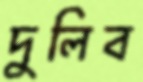
দুলিব